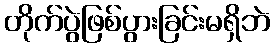
တိုက်ပွဲဖြစ်ပွားခြင်းမရှိဘဲ